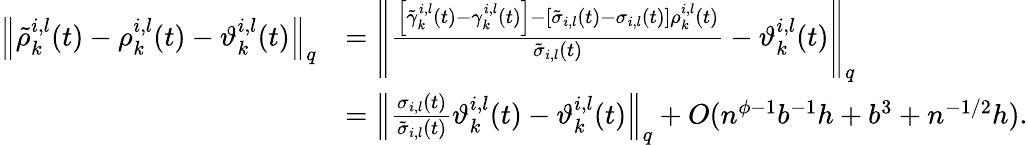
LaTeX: \begin{array}{rl}{\left\| \tilde{\rho}_{k}^{i,l}(t)-\rho_{k}^{i,l}(t)-\vartheta_{k}^{i,l}(t)\right\| _{q}}&{=\left\| \frac{\left[\tilde{\gamma}_{k}^{i,l}(t)-\gamma_{k}^{i,l}(t)\right]-\left[\tilde{\sigma}_{i,l}(t)-\sigma_{i,l}(t)\right]\rho_{k}^{i,l}(t)}{\tilde{\sigma}_{i,l}(t)}-\vartheta_{k}^{i,l}(t)\right\| _{q}}\\ &{=\left\| \frac{\sigma_{i,l}(t)}{\tilde{\sigma}_{i,l}(t)}\vartheta_{k}^{i,l}(t)-\vartheta_{k}^{i,l}(t)\right\| _{q}+O(n^{\phi-1}b^{-1}h+b^{3}+n^{-1/2}h).}\end{array}